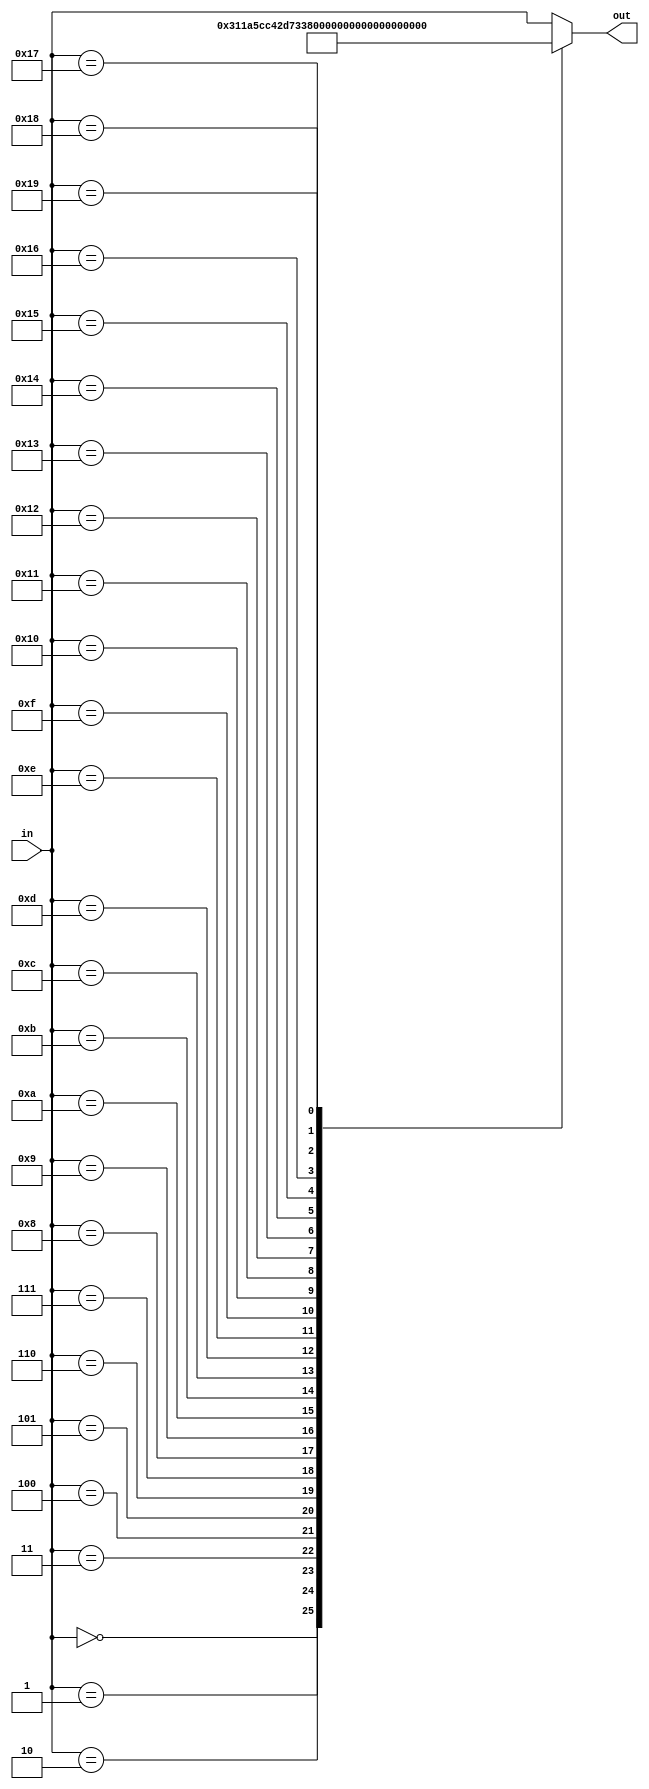
`timescale 1ns / 1ps
//////////////////////////////////////////////////////////////////////////////////
// Design Name: reflector
// Module Name: reflector
// Project Name: ENIGMA551
//////////////////////////////////////////////////////////////////////////////////

module reflector(
    input [4:0] in, 
    output reg [4:0] out
);

    always @(in) begin
        case(in)
            5'd0: out = 5'd24;  // AY
            5'd1: out = 5'd17;  // BR
            5'd2: out = 5'd20;  // CU
            5'd3: out = 5'd23;  // DX
            5'd4: out = 5'd6;   // EG
            5'd5: out = 5'd4;   // FE
            5'd6: out = 5'd5;   // GF
            5'd7: out = 5'd21;  // HV
            5'd8: out = 5'd25;  // IZ
            5'd9: out = 5'd19;  // JT
            5'd10: out = 5'd16; // KQ
            5'd11: out = 5'd22; // LW
            5'd12: out = 5'd18; // MS
            5'd13: out = 5'd15; // NP
            5'd14: out = 5'd14; // OO 
            5'd15: out = 5'd13; // PN
            5'd16: out = 5'd10; // QK
            5'd17: out = 5'd1;  // RB
            5'd18: out = 5'd12; // SM
            5'd19: out = 5'd9;  // TJ
            5'd20: out = 5'd2;  // UC
            5'd21: out = 5'd7;  // VH
            5'd22: out = 5'd11; // WL
            5'd23: out = 5'd3;  // XD
            5'd24: out = 5'd0;  // YA
            5'd25: out = 5'd8;  // ZI
            default: out = in;  
        endcase
    end
endmodule